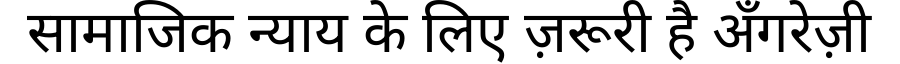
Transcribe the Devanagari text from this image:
सामाजिक न्याय के लिए ज़रूरी है अँगरेज़ी